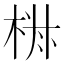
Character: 𣒏